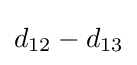
d_{12}-d_{13}